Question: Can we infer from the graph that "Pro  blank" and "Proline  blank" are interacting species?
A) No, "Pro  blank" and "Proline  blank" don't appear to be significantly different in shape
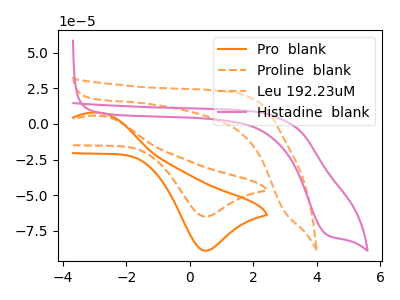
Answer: <think>The orange curve "Pro  blank" has an anodic peak at (-2.85V, 7.95uA) and a cathodic peak at (0.50V, -88.95uA). The orange dashed curve "Proline  blank" has an anodic peak at (-2.85V, 5.80uA) and a cathodic peak at (0.50V, -64.95uA). The orange dashed curve "Leu 192.23uM" has no peaks. The pink curve "Histadine  blank" has a cathodic peak at: (4.30V, -77.45uA).
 All the peaks in "Pro  blank" have a peak in "Proline  blank" at the same potential. Every peak in "Pro  blank" is higher than every peak in "Proline  blank".</think>
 <answer>A) No, "Pro  blank" and "Proline  blank" don't appear to be significantly different in shape</answer>
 <eval>A</eval>